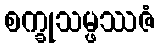
စက္ခုသမ္ဖဿဇံ